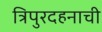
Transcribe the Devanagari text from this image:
त्रिपुरदहनाची